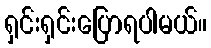
ရှင်းရှင်းပြောရပါမယ်။